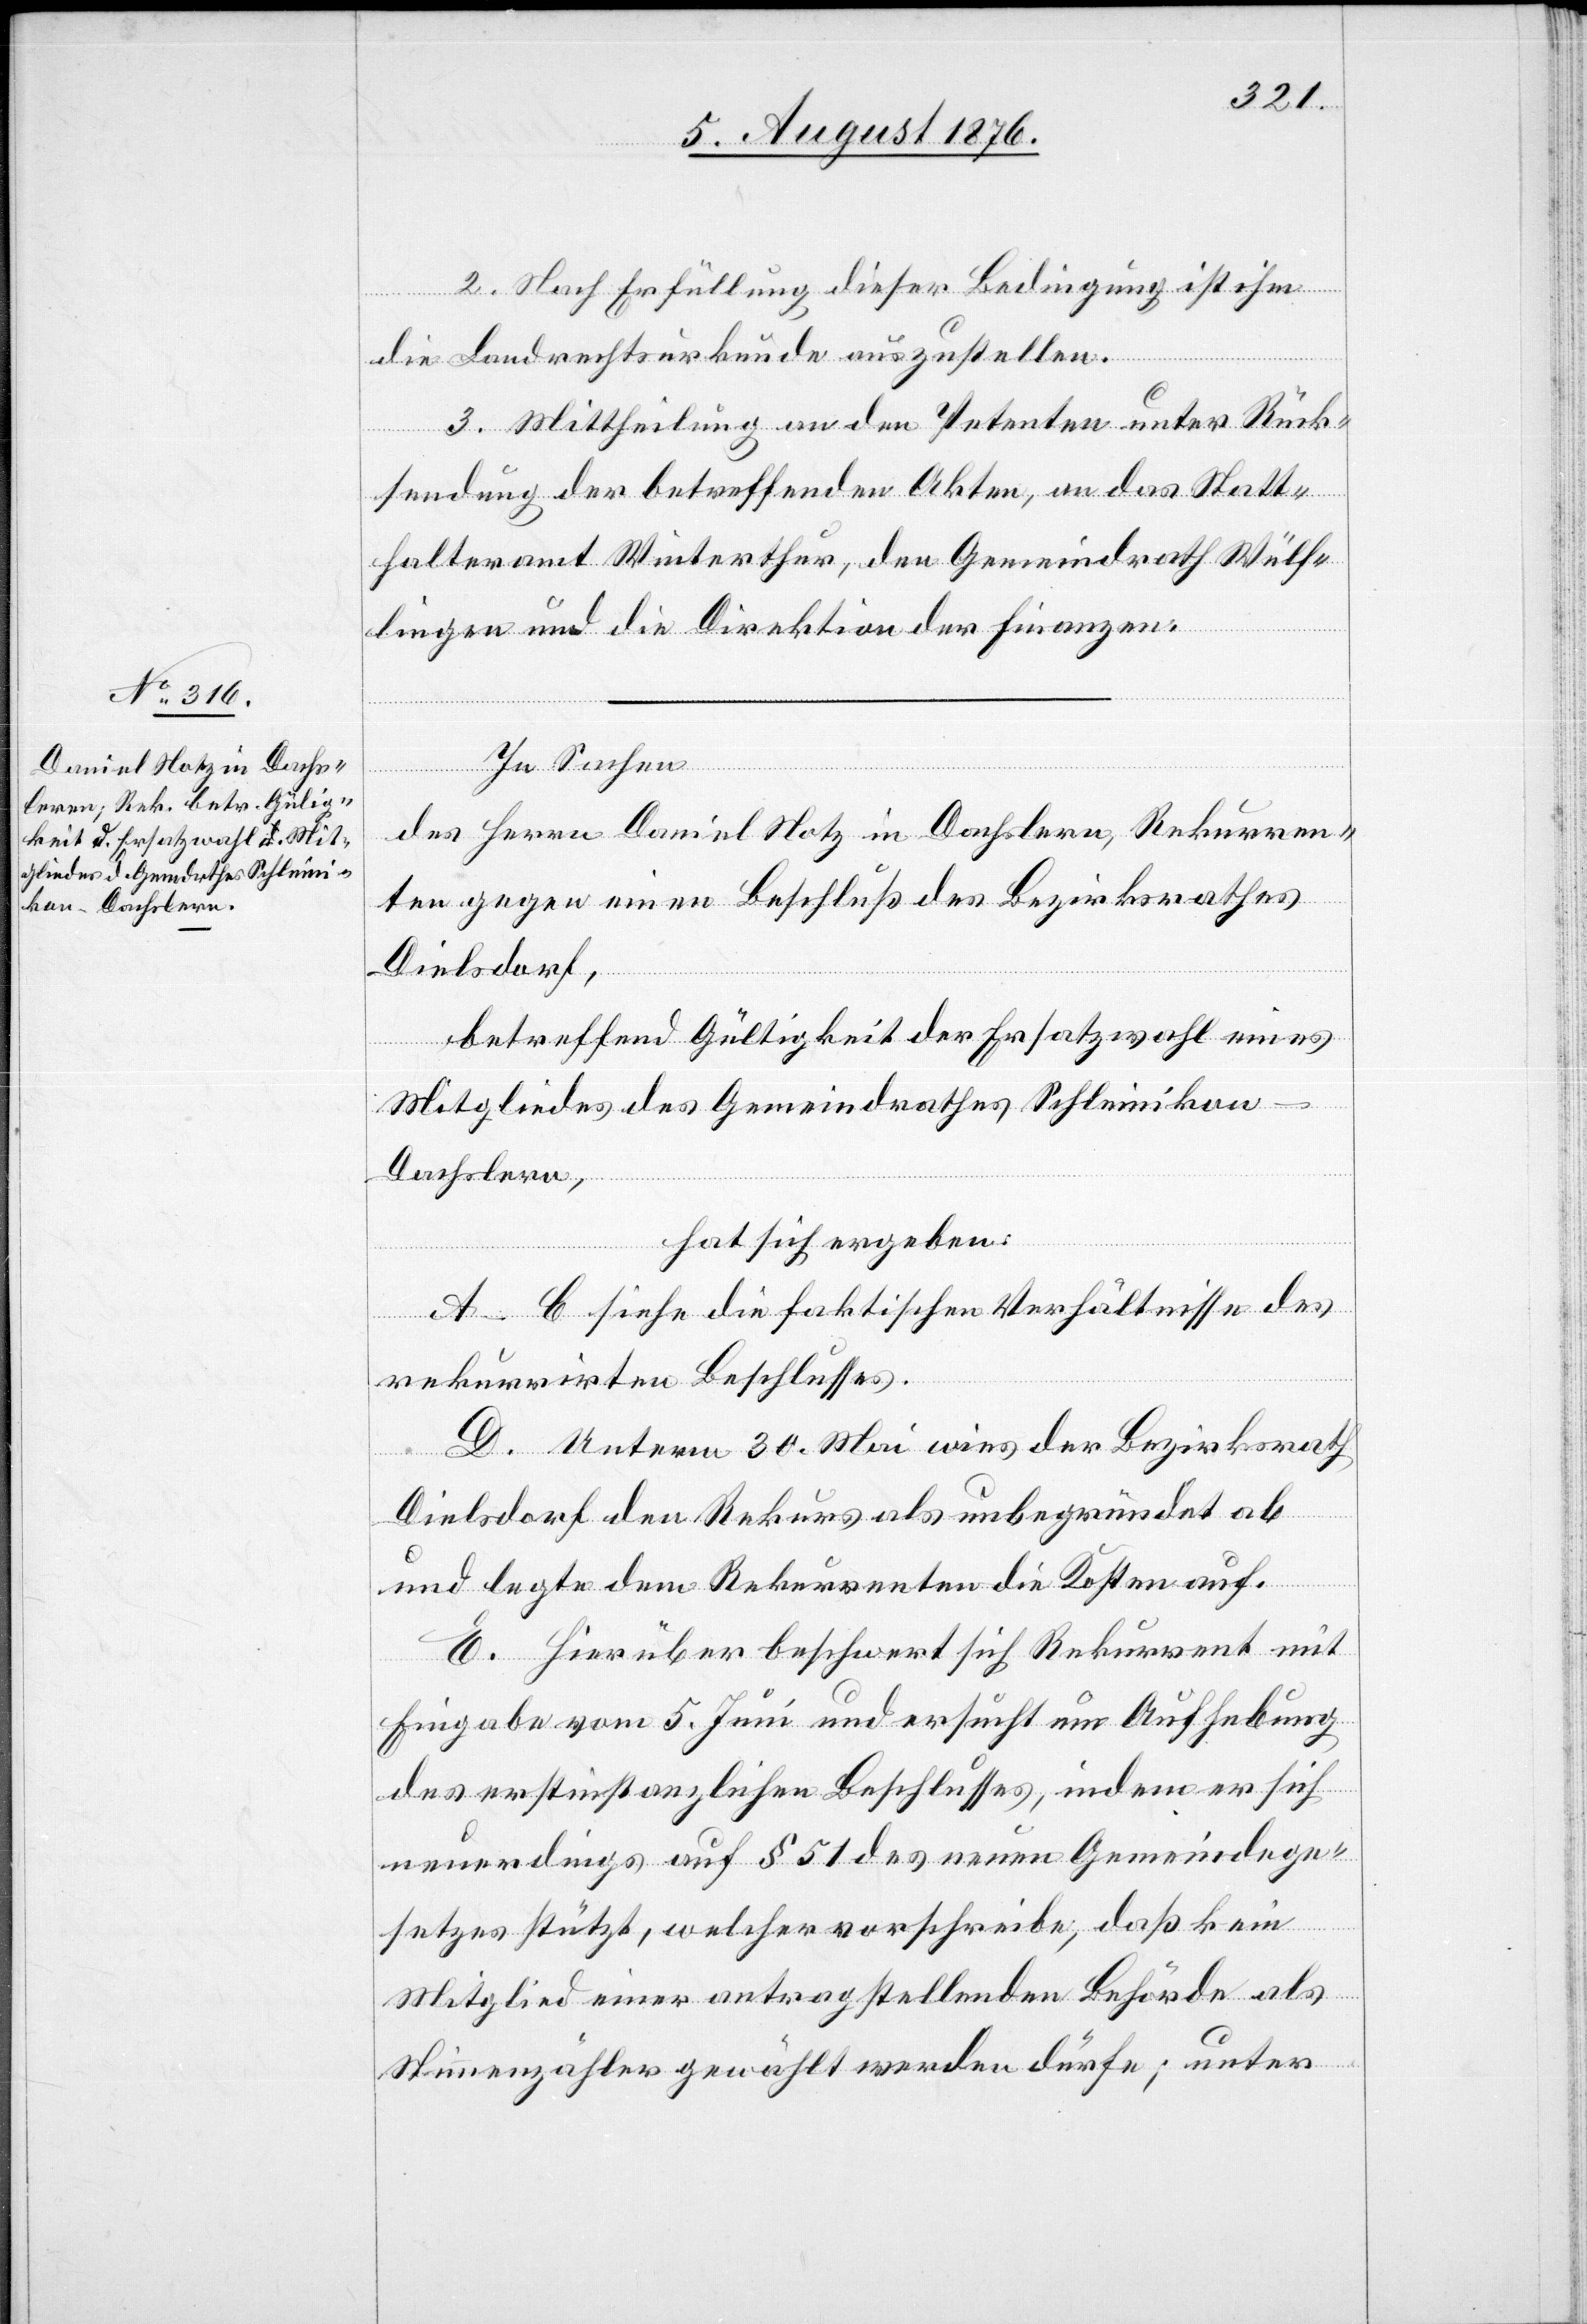
2. Nach Erfüllung dieser Bedingung ist ihm
die Landrechtsurkunde auszustellen.
3. Mittheilung an den Petenten unter Rück¬
sendung der betreffenden Akten, an das Statt¬
halteramt Winterthur, den Gemeindrath Wülf¬
lingen und die Direktion der Finanzen.
In Sachen
des Herrn Daniel Hotz in Dachslern, Rekurren¬
ten gegen einen Beschluß des Bezirksrathes
Dielsdorf,
betreffend Gültigkeit der Ersatzwahl eines
Mitgliedes des Gemeindrathes Schleinikon
Dachslern,
hat sich ergeben:
A–C siehe die faktischen Verhältnisse des
rekurrirten Beschlusses.
D. Unterm 30. Mai wies der Bezirksrath
Dielsdorf den Rekurs als unbegründet ab
und legte dem Rekurrenten die Kosten auf.
E. Hierüber beschwert sich Rekurrent mit
Eingabe vom 5. Juni und ersucht um Aufhebung
des erstinstanzlichen Beschlusses, indem er sich
neuerdings auf § 51 des neuen Gemeindege¬
setzes stützt, welcher vorschreibe, daß kein
Mitglied einer antragstellenden Behörde als
Stimmzähler gewählt werden dürfe; unter